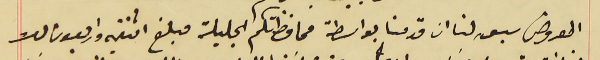
المعروض سبق لنا ان قدمنا بواسطة محافظتكم الجليلة مبلغ اثنتين واربعون ليرة